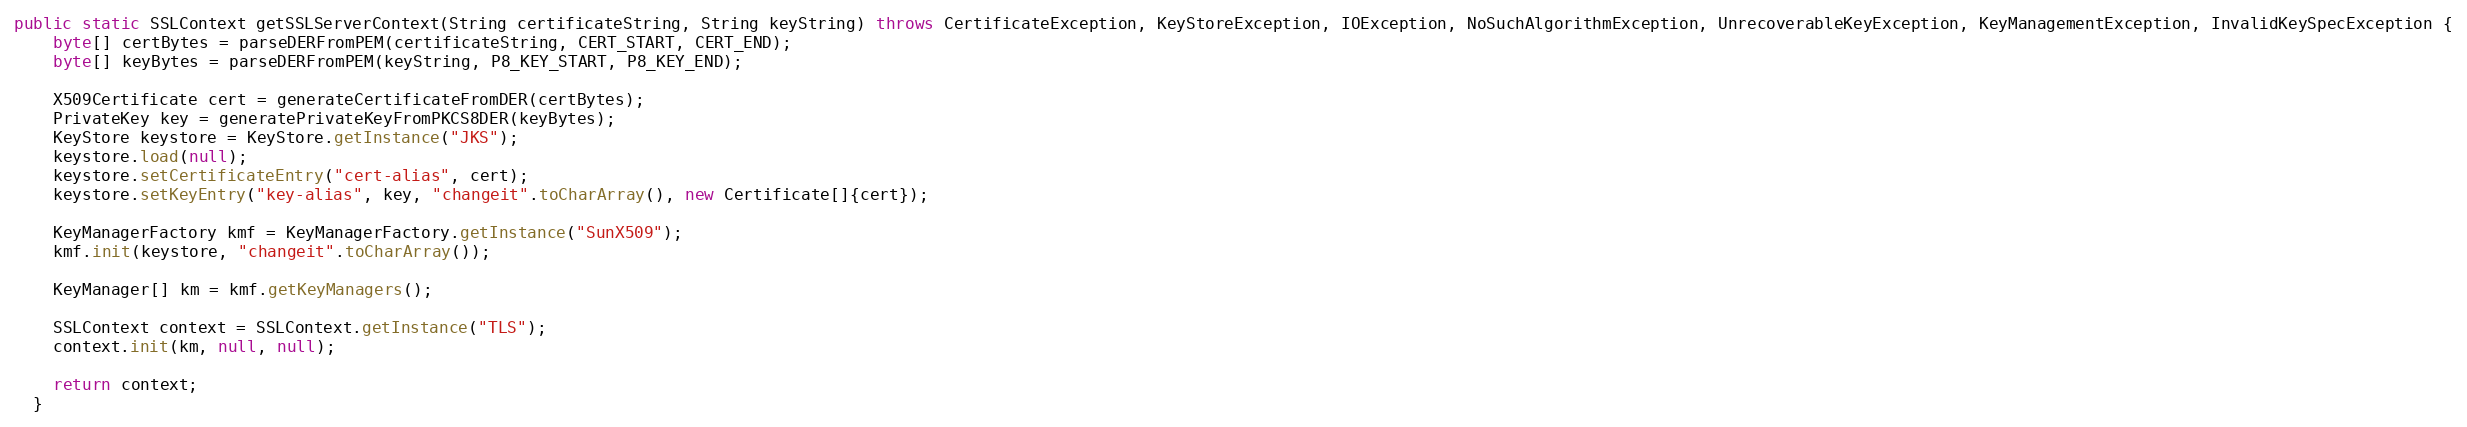
Language: Java
public static SSLContext getSSLServerContext(String certificateString, String keyString) throws CertificateException, KeyStoreException, IOException, NoSuchAlgorithmException, UnrecoverableKeyException, KeyManagementException, InvalidKeySpecException {
    byte[] certBytes = parseDERFromPEM(certificateString, CERT_START, CERT_END);
    byte[] keyBytes = parseDERFromPEM(keyString, P8_KEY_START, P8_KEY_END);

    X509Certificate cert = generateCertificateFromDER(certBytes);
    PrivateKey key = generatePrivateKeyFromPKCS8DER(keyBytes);
    KeyStore keystore = KeyStore.getInstance("JKS");
    keystore.load(null);
    keystore.setCertificateEntry("cert-alias", cert);
    keystore.setKeyEntry("key-alias", key, "changeit".toCharArray(), new Certificate[]{cert});

    KeyManagerFactory kmf = KeyManagerFactory.getInstance("SunX509");
    kmf.init(keystore, "changeit".toCharArray());

    KeyManager[] km = kmf.getKeyManagers();

    SSLContext context = SSLContext.getInstance("TLS");
    context.init(km, null, null);

    return context;
  }